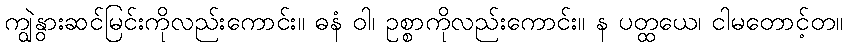
ကျွဲနွားဆင်မြင်းကိုလည်းကောင်း။ ဓနံ ဝါ၊ ဥစ္စာကိုလည်းကောင်း။ န ပတ္ထယေ၊ ငါမတောင့်တ။